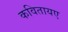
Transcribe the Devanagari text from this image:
कवितायए